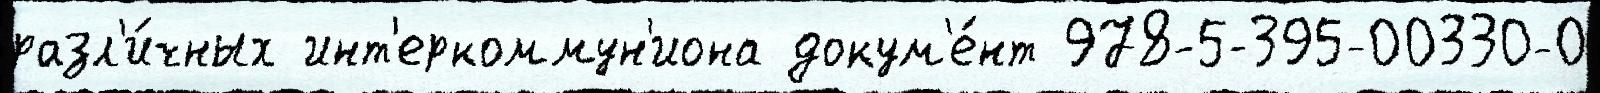
разл'и́чных инт'еркоммун'иона докум'е́нт 978-5-395-00330-0